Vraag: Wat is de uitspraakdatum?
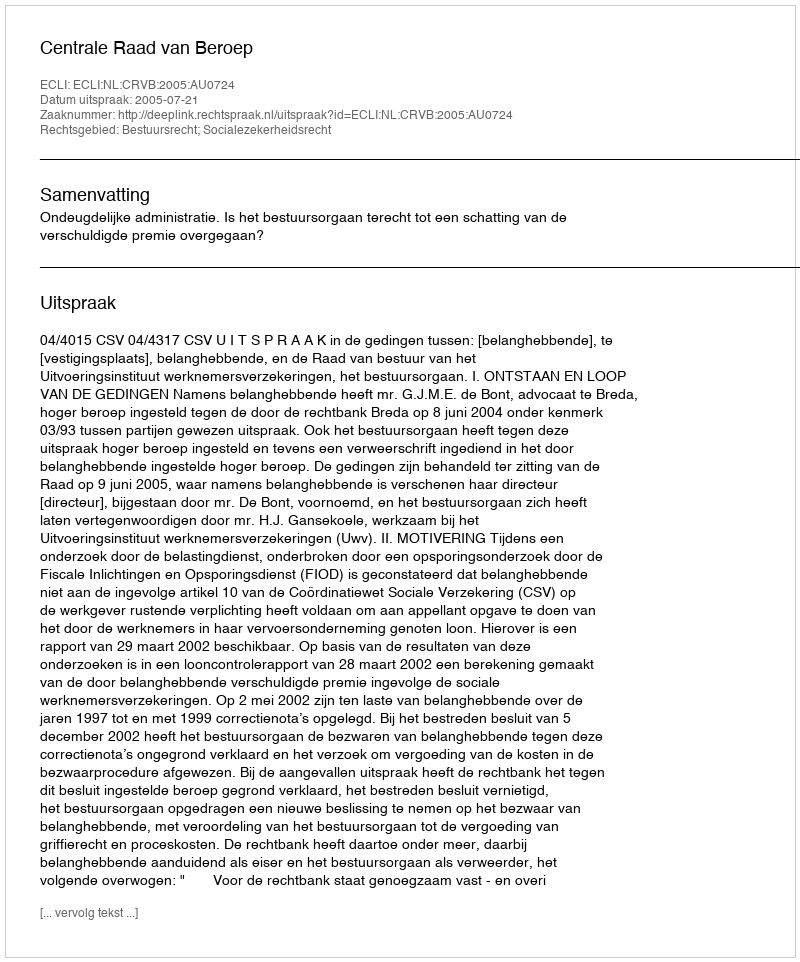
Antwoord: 2005-07-21